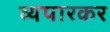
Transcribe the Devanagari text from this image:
व्यपारकर